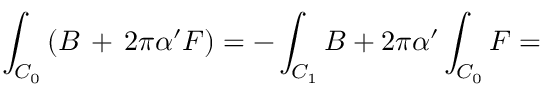
\int _ { { \cal C } _ { 0 } } \left( B \, + \, 2 \pi \alpha ^ { \prime } { \cal F } \right) = - \int _ { { \cal C } _ { 1 } } B + 2 \pi \alpha ^ { \prime } \int _ { { \cal C } _ { 0 } } { \cal F } =